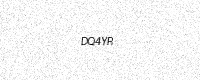
Text: DQ4YR